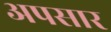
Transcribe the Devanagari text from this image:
अपसार